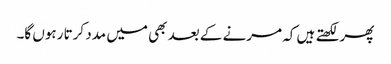
پھر لکھتے ہیں کہ مرنے کے بعد بھی میں مدد کرتا رہوں گا۔